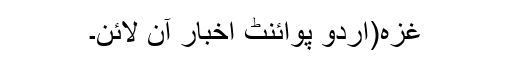
غزہ(اُردو پوائنٹ اخبار آن لائن۔